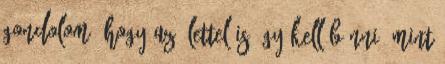
gondolom, hogy az élettel is úgy kell bánni, mint